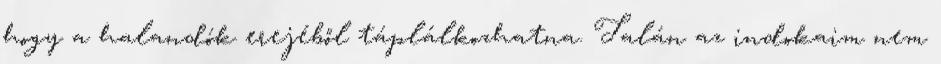
hogy a halandók erejéből táplálkozhatna. Talán az indokaim nem